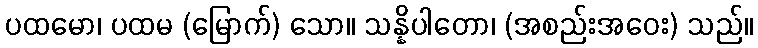
ပထမော၊ ပထမ (မြောက်) သော။ သန္နိပါတော၊ (အစည်းအဝေး) သည်။